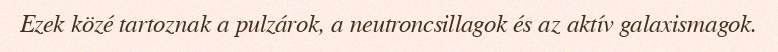
Ezek közé tartoznak a pulzárok, a neutroncsillagok és az aktív galaxismagok.